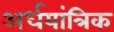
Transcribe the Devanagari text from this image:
अर्धयांत्रिक